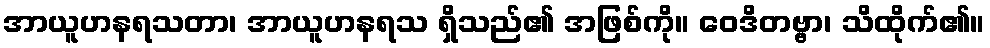
အာယူဟနရသတာ၊ အာယူဟနရသ ရှိသည်၏ အဖြစ်ကို။ ဝေဒိတဗ္ဗာ၊ သိထိုက်၏။